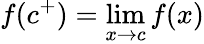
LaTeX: f(c^{+})=\operatorname*{lim}_{x\to c}f(x)